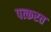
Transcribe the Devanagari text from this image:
पत्करत